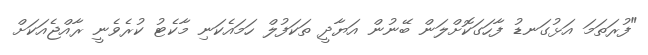
"ފުރަތަމަ އަޅުގަނޑު ފާހަގަކޮށްލަން ބޭނުން އަޔާދީ ތަކަފުލް ހަމައެކަނި މާކެޓު ކުރެވެނީ ރާއްޖެއަކަށް